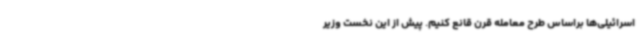
اسرائیلی‌ها براساس طرح معامله قرن قانع کنیم. پیش از این نخست وزیر